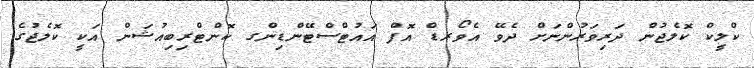
ކްލީކް ކޮލެޖުން ދަރިވަރުންނަށް ދެވޭ އެވޯރޑް އޮފް އައުޓްސްޓޭންޑިންގ ކޮންޓްރިބިއުޝަން އަކީ ކޮލެޖުގެ